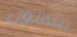
ينتقلون